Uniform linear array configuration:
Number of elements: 12
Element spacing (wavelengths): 0.75
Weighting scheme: exponential
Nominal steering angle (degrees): -15
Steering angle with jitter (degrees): -15.063
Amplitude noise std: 0.05
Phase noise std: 0.05

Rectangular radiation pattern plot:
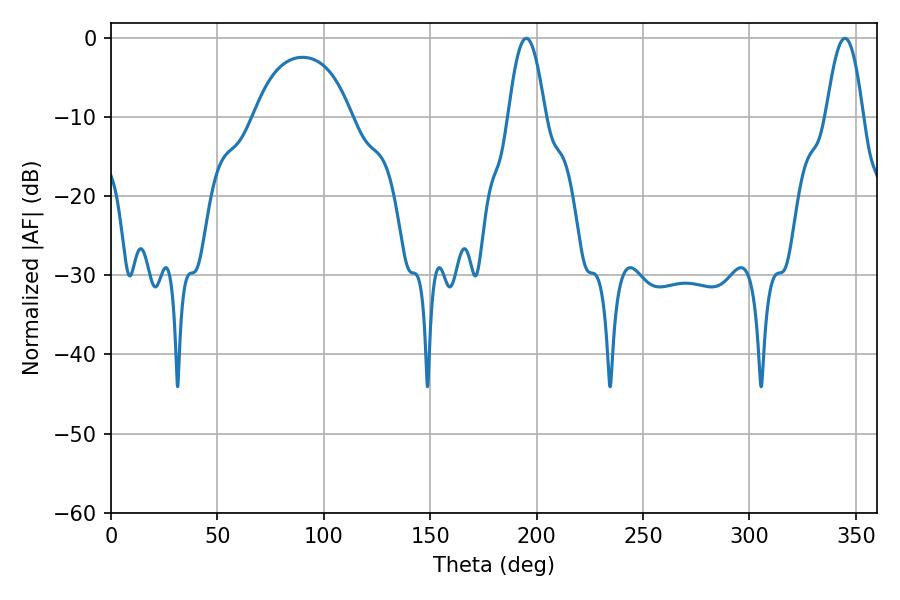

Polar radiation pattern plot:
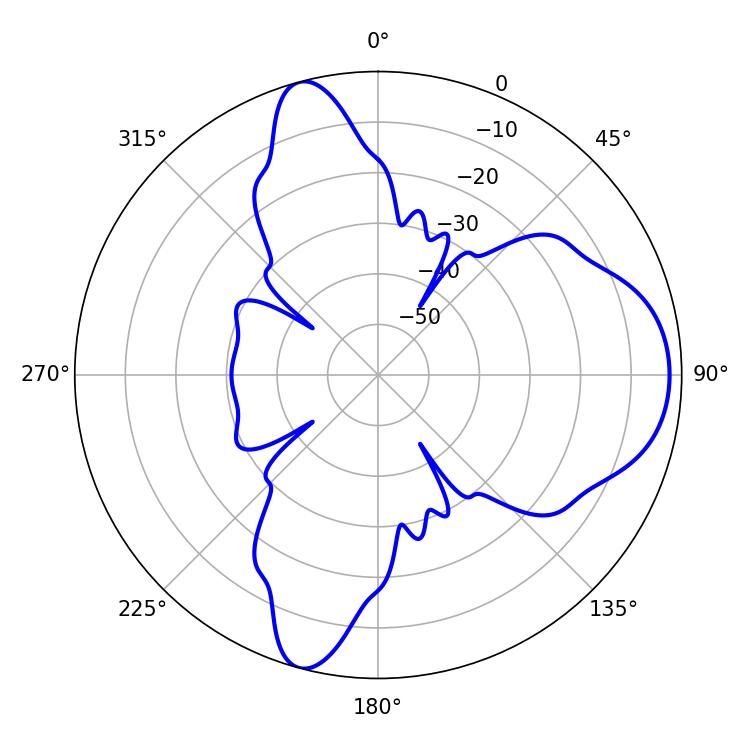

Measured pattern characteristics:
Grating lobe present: TRUE
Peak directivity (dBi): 9.39
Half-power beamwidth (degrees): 9.54
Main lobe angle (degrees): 195.12